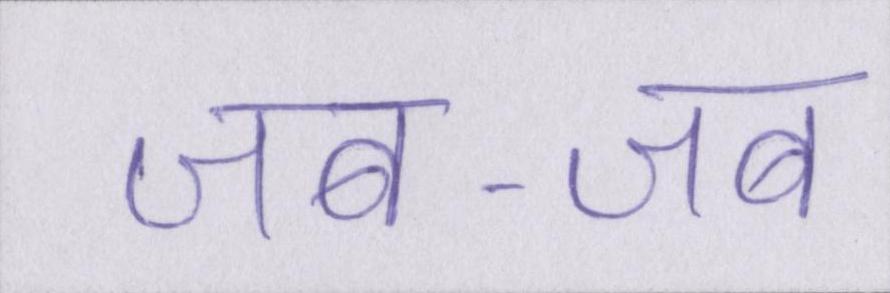
जब-जब